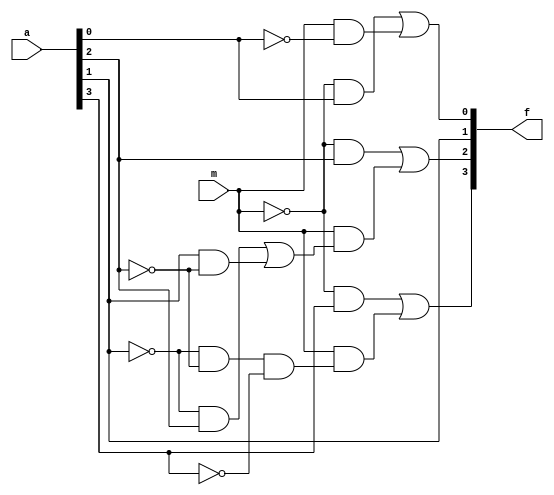
`timescale 1ns / 1ps
//////////////////////////////////////////////////////////////////////////////////
// Company: 
// Engineer: 
// 
// Design Name: 
// Module Name: bcd_9_compl
// Project Name: 
// Target Devices: 
// Tool Versions: 
// Description: 
// 
// Dependencies: 
// 
// Revision:
// Revision 0.01 - File Created
// Additional Comments:
// 
//////////////////////////////////////////////////////////////////////////////////


module bcd_9_compl(
    input [3:0] a,
    input m,
    output [3:0] f
    );
wire w1,w2,w3,w4,w5,w6,w7,w8,w9,w10,w11;
wire w12,w13,w14,w15,w16;

not n1(w12,m);
not n2(w13,a[0]);
not n3(w14,a[1]);
not n4(w15,a[2]);
not n5(w16,a[3]);

and a1(w1,w12,a[0]);       
and a2(w2,m,w13);
or o1(f[0],w1,w2);

assign f[1] = a[1];

and a3(w3,w14,a[2]);
and a4(w4,a[1],w15);
or o2(w5,w3,w4);
and a5(w6,m,w5);
and a6(w7,w12,a[2]);
or o3(f[2],w7,w6);

and a7(w8,w14,w15,w16);
and a8(w9,m,w8);
and a9(w10,w12,a[3]);
or o4(f[3],w10,w9);

endmodule